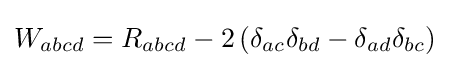
W_{abcd}=R_{abcd}-2\left(\delta _{ac}\delta _{bd}-\delta _{ad}\delta _{bc}\right)